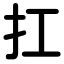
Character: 扛